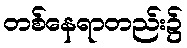
တစ်နေရာတည်း၌